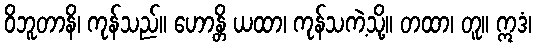
ဝိဘူတာနိ၊ ကုန်သည်။ ဟောန္တိ ယထာ၊ ကုန်သကဲ့သို့။ တထာ၊ တူ။ ဣဒံ၊